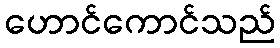
ဟောင်ကောင်သည်